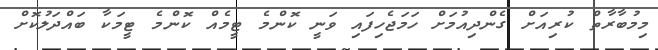
މިމުބާރާތް ކުރިއަށް ގެންދިއުމަށް ހަމަޖެހިފައި ވަނީ ކޮންމެ ޓީމެއް ކޮންމެ ޓީމަކާ ބައްދަލުކޮށް